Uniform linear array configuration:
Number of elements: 64
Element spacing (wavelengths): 0.5
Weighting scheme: hann
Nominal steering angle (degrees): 30
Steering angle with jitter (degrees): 29.103
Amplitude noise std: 0.05
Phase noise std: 0.05

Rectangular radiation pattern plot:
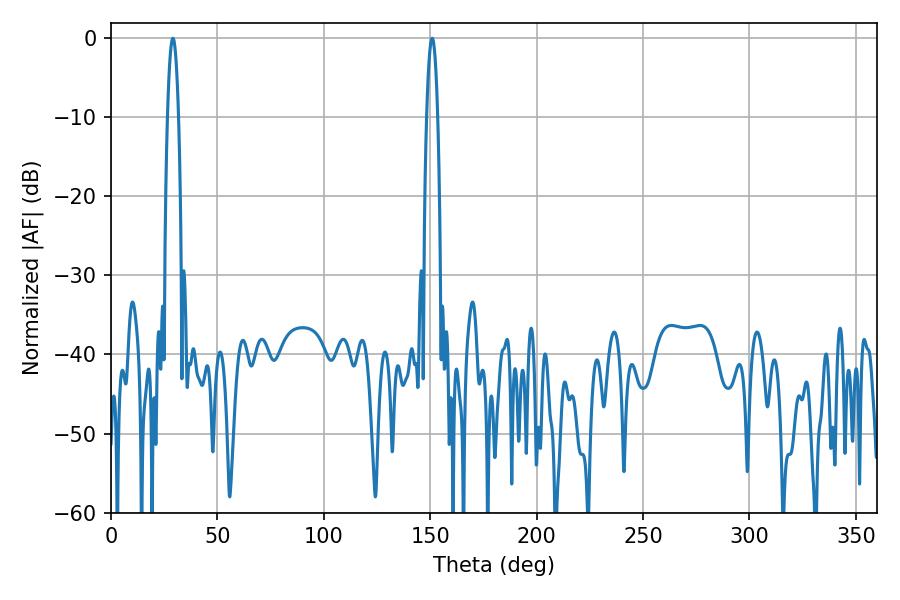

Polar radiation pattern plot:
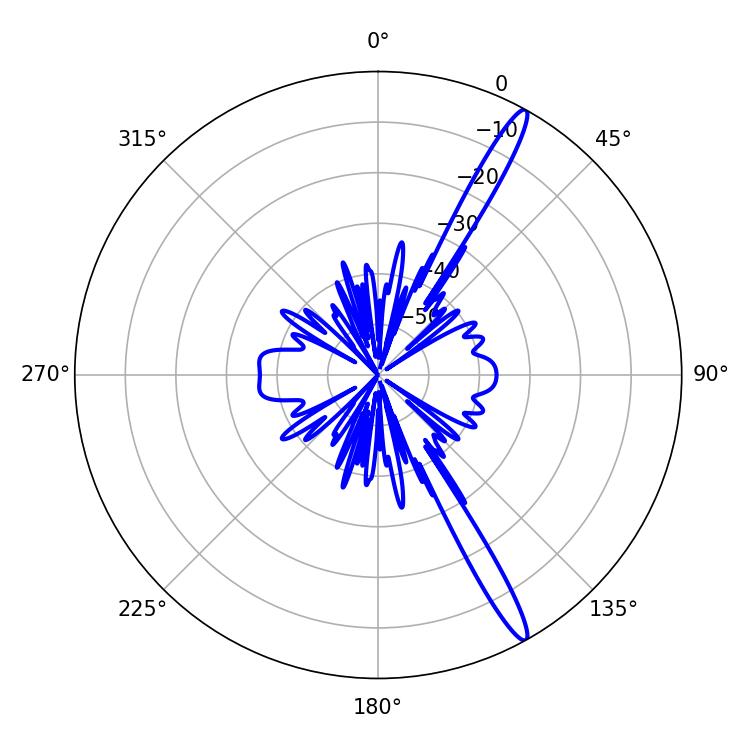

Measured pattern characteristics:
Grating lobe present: FALSE
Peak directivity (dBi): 15.763
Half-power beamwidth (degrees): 2.7
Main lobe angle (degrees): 29.16